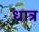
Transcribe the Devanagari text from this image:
धात्र